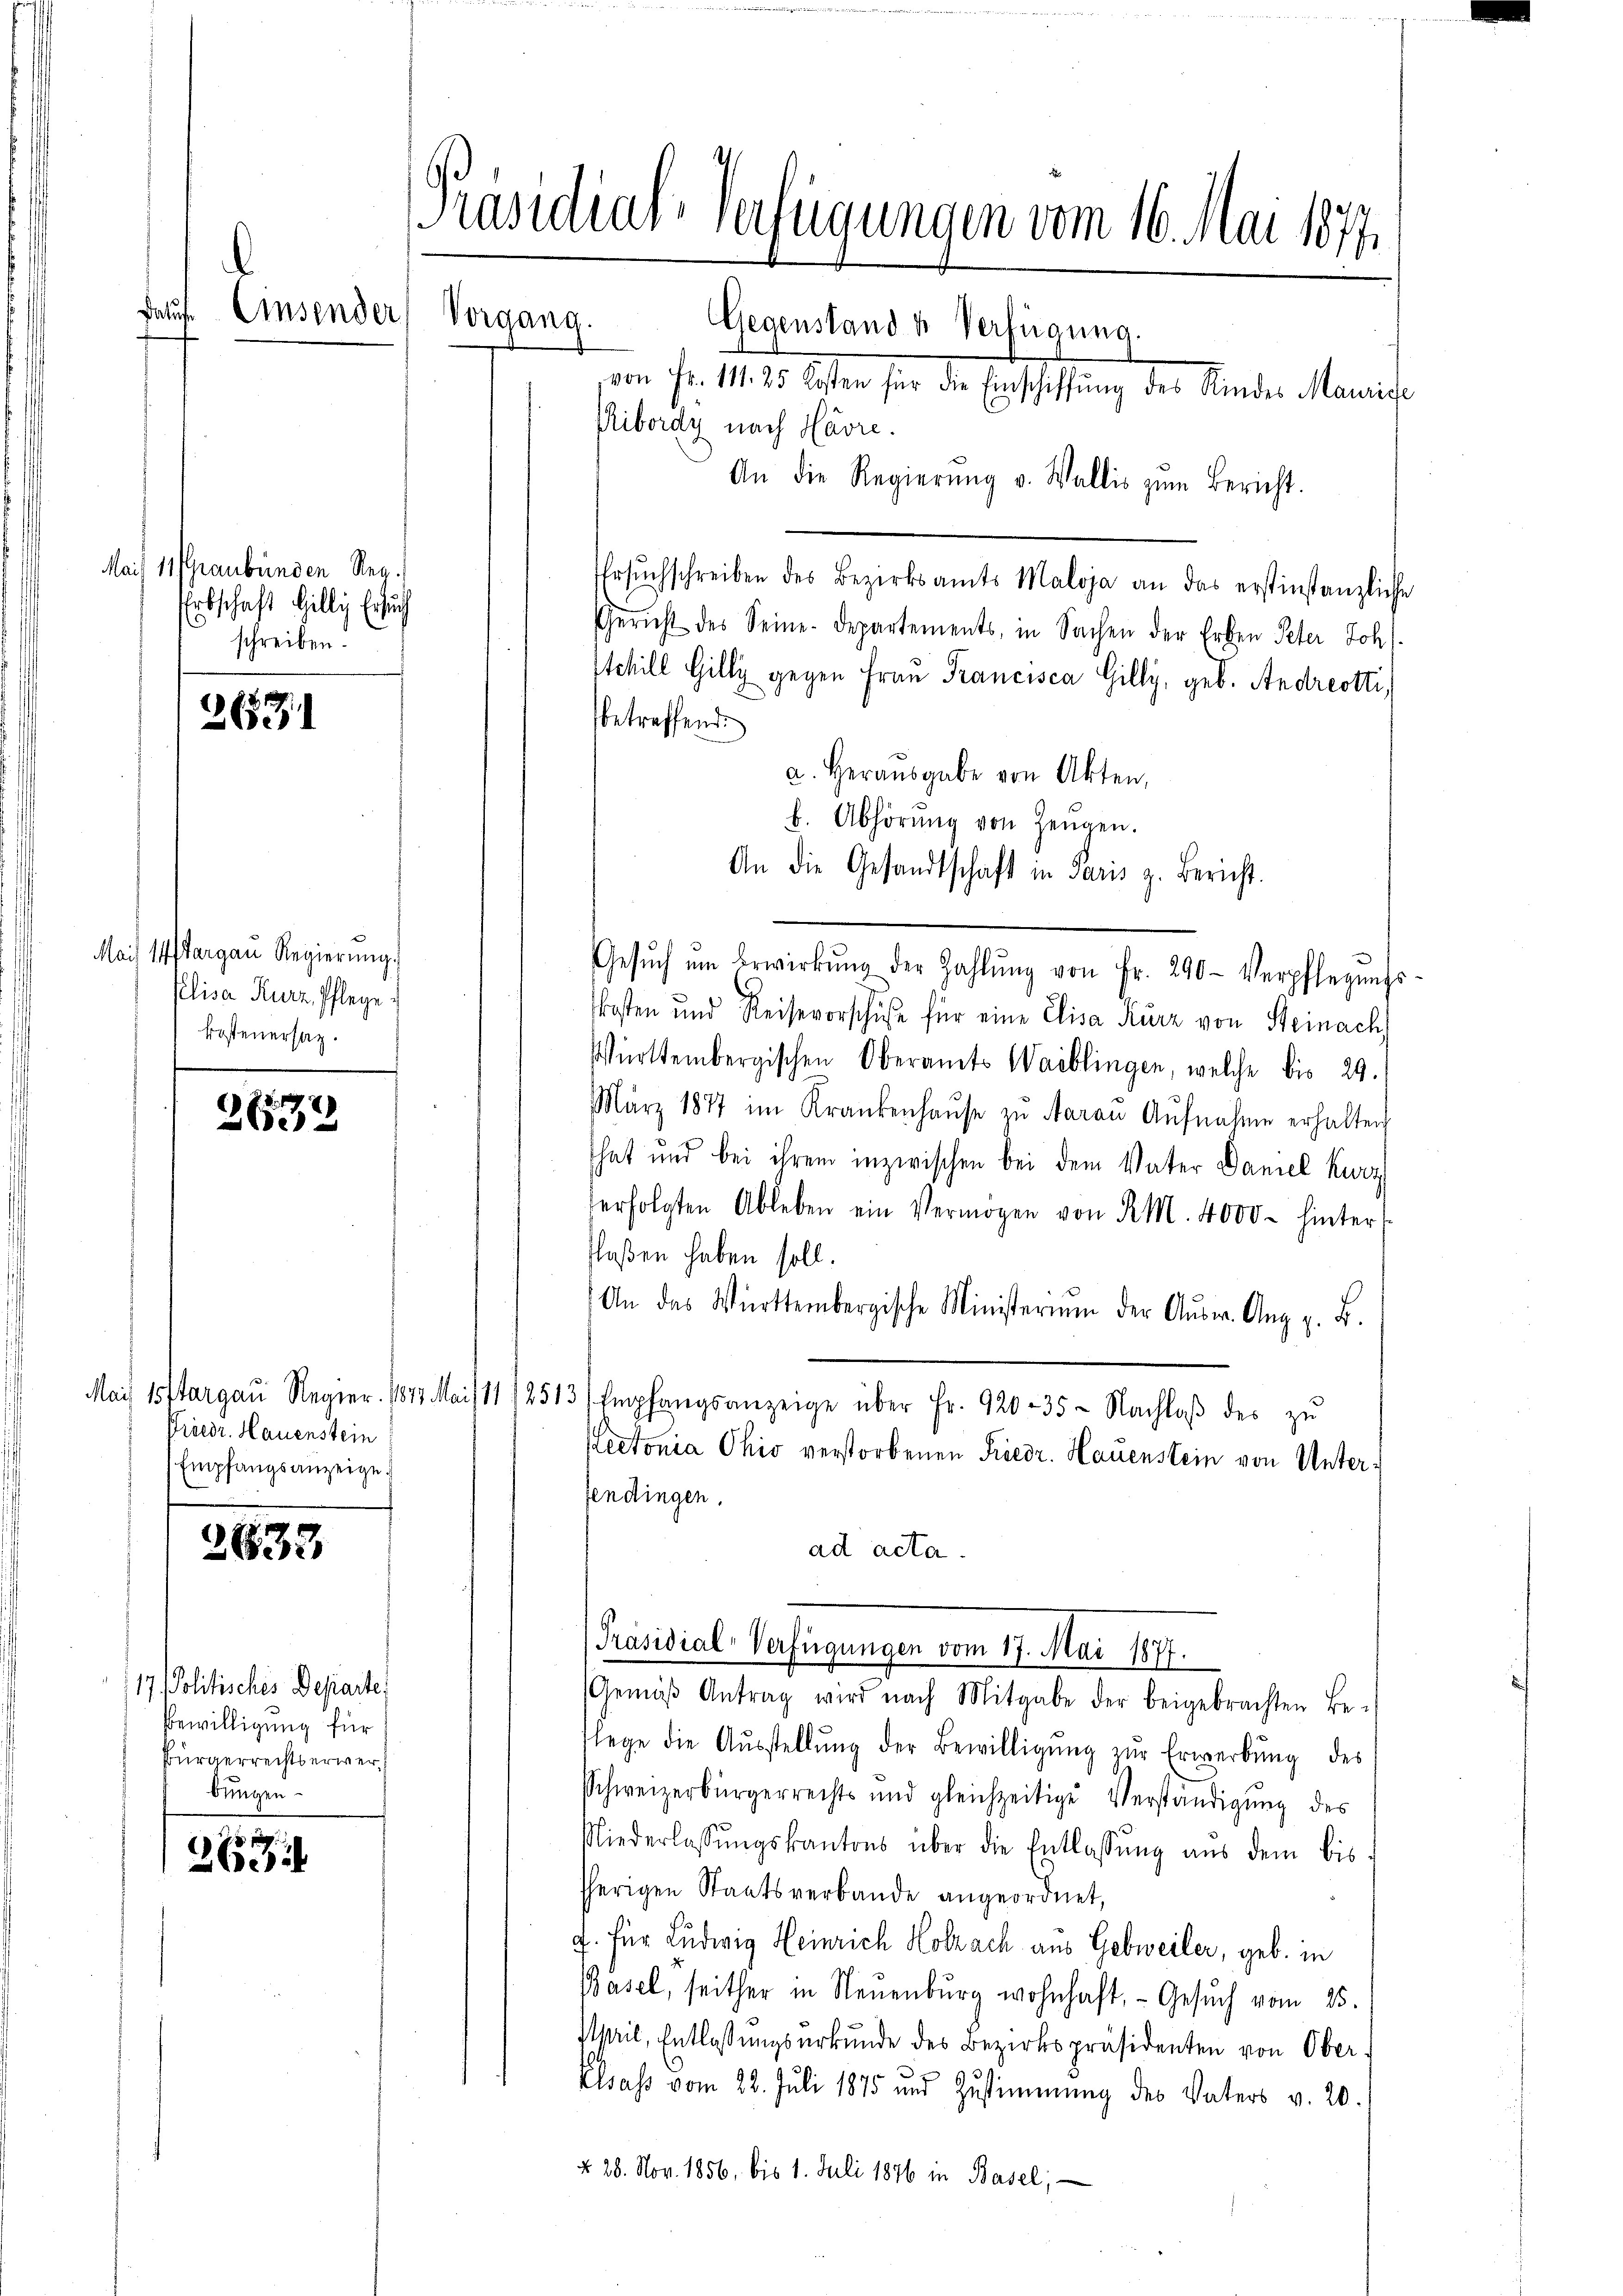
Dete

.

Mais 11 Graubünden Reg.
Erbschaft billig Ersuch
schreiben.

36531

Mais 14 Targau Regierŭng.
elisa Kurz, Pflege:
Kostenersag

2633

Mai 15ffargau Regier. 1873 4
Priedr. Hauenstein
Empfangsanzeige.

2633

17 Politisches Departe,
Bewilligung für
Bürgerrechtserwerbungen

26

Präsidial-Verfügungen vom 16. Mai 1871
Einsender Vorgang.
Gegenstand u. Verfügung.
von Fr. 111. 25 Kosten für die Einschiffung des Kindes Maurige
Ribordy nach Havre.
An die Regierŭng v. Wallis zŭm Bericht.

Ersŭchschreiben des Bezirksamts Maloja an das erstinstanzliche
Gericht des Seine Departements, in Sachen der Erben Peter Joh.
Schill Gilly gegen Frau Francisca Gilly, geb. Andreotti,
betreffend
a. Herausgabe von Akten,
b. Abhörŭng von Zeugen.
An die Gesandtschaft in Paris z. Bericht.
Gesŭch ŭm Erwirkŭng der Zahlŭng von Fr. 290. Verpflegŭngs
kosten und Reisevorschüße für eine Elisa Kurz von Steinach
Württembergischen Oberamts Waiblingen, welche bis 29.
März 1877 im Krankenhaŭse zu Aarau Aŭfnahme erhalten
That und bei ihrem inzwischen bei dem Vater Daniel Kurz
erfolgten Ableben ein Vermögen von R. M. 4000 - hinter
laßen haben soll.
An das Württembergische Ministerium der Aŭsw. Aug z. B.
leiht 112513/ Empfangsanzeige über Fr. 920-35 - Nachlaβ des zŭ
Rectonia Ohio verstorbenen Friedr. Hauenstein von Unterfendingen.
ad acta.
Präsidial-Verfügungen vom 17. Mai 1871.
Gemäβ Antrag wird nach Mitgabe der beigebrachten Be-
flege die Aŭsstellŭng der Bewilligŭng zŭr Erwerbŭng des
Schweizerbürgerrechts und gleichzeitige Verständigŭng des
Niederlassungskantons über die Entlassung aus dem bis
sherigen Staatsverbande angeordnet,
J. für Ludwig Heinrich Holzach aus Gebweiler, geb. in
Basel, seither in Neuenburg wohnhaft, - Gesuch vom 25.
April, Entlassungsurkunde des Bezirkspräsidenten von Ober
Elsass vom 22. Juli 1875 und Zustimmung des Vaters v. 20.
§ 28. Nov. 1856. bis 1. Juli 1876 in Basel,